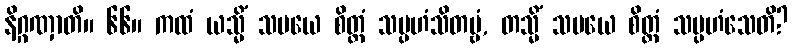
နိဂ္ဂဏှာတိ။ ၆၆။ ကထံ ယသ္မိံ သမယေ စိတ္တံ သမ္ပဟံသိတဗ္ဗံ, တသ္မိံ သမယေ စိတ္တံ သမ္ပဟံသေတိ?